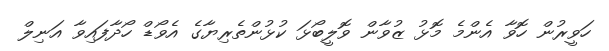
ހަވީރުން ހޮވާ އެންމެ މޮޅު ޒުވާން ވޮލީބޯޅަ ކުޅުންތެރިޔާގެ އެވޯޑް ހޯދާފައިވާ އަނިލް